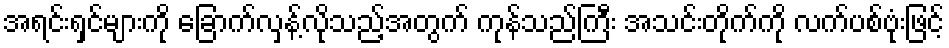
အရင်းရှင်များကို ခြောက်လှန့်လိုသည့်အတွက် ကုန်သည်ကြီး အသင်းတိုက်ကို လက်ပစ်ဗုံးဖြင့်